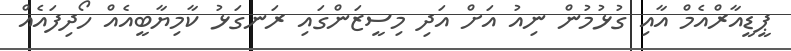
ޕީޑީއާރްއެމް އާއި ގުޅުމުން ނިއު އަށް އަދި މިސީޒަންގައި ރަނގަޅު ކާމިޔާބީއެއް ހޯދިފައެއް